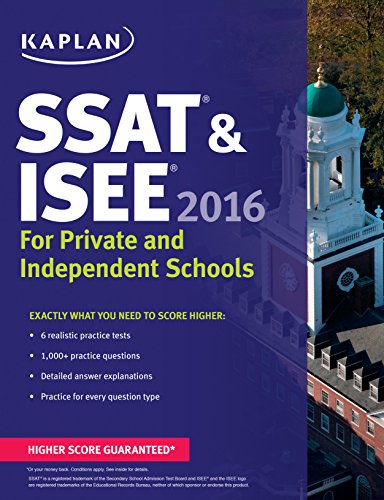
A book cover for Kaplan SSAT & ISEE 2016: For Private and Independent School Admissions (Kaplan Test Prep); Kaplan; Test Preparation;